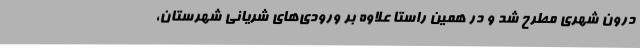
درون‌ شهری مطرح شد و در همین راستا علاوه بر ورودی‌های شریانی شهرستان،